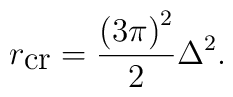
r_{\mbox{cr}}=\frac{\left( 3 \pi\right) ^2}{2} \Delta ^2.